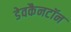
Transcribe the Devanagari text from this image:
डेवकैनटॉन